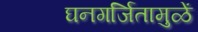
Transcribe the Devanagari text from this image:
घनगर्जितामुळें